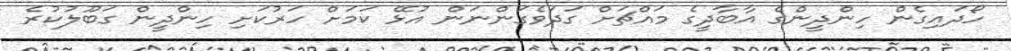
ހޯދައިގެން ހިންދީންގެ އާބާދީގެ މައްޗަށް ގަދަވެގަންނަން އުޅޭ ކަމަށް ހަރުކަށި ހިންދީން ގަބޫލުކުރެ